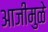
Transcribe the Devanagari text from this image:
आजीमुळे